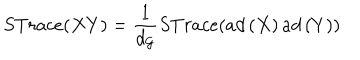
S T r a c e ( X Y ) = \frac { 1 } { d _ { \mathcal { G } } } S T r a c e ( a d \left( X \right) a d \left( Y \right) )